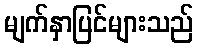
မျက်နှာပြင်များသည်